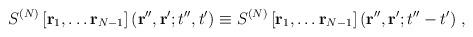
LaTeX: \begin{align*}S^{(N)} \left[ {\bf r}_{1},\dots{\bf r}_{N-1}\right] ({\bf r}'', {\bf r}' ; t'',t') \equiv S^{(N)} \left[ {\bf r}_{1},\dots{\bf r}_{N-1}\right] ({\bf r}'', {\bf r}' ; t''-t') \; ,\end{align*}